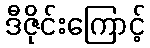
ဒီဇိုင်းကြောင့်